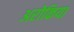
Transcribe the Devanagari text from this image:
अरोकिया